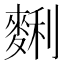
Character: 𪌱